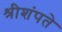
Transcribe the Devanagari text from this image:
श्रीशंपते